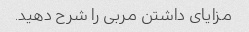
مزایای داشتن مربی را شرح دهید.